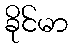
ခိုင်မာ